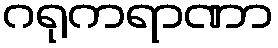
ဂရုကရာဏာ